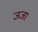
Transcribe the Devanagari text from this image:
जजा